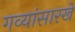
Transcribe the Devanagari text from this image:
गव्यांसारखे